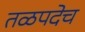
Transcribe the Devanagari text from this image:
तळपदेच